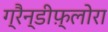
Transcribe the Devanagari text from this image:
ग्रैन्डीफ़्लोरा